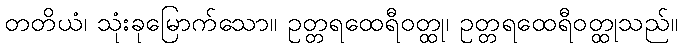
တတိယံ၊ သုံးခုမြောက်သော။ ဥတ္တရထေရီဝတ္ထု၊ ဥတ္တရထေရီဝတ္ထုသည်။